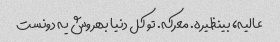
عالیه، بینظیره. معرکه. تو کل دنیا بهروش یه دونست